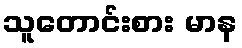
သူတောင်းစား မာန